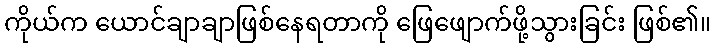
ကိုယ်က ယောင်ချာချာဖြစ်နေရတာကို ဖြေဖျောက်ဖို့သွားခြင်း ဖြစ်၏။